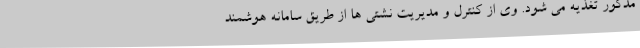
مذکور تغذیه می شود. وی از کنترل و مدیریت نشتی ها از طریق سامانه هوشمند